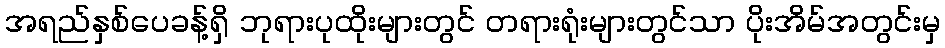
အရည်နှစ်ပေခန့်ရှိ ဘုရားပုထိုးများတွင် တရားရုံးများတွင်သာ ပိုးအိမ်အတွင်းမှ